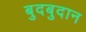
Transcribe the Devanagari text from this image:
बुदबुदान